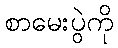
စာမေးပွဲကို